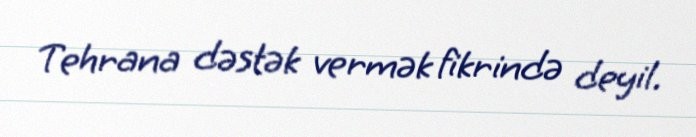
Tehrana dəstək vermək fikrində deyil.